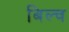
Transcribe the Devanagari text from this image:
बिल्च